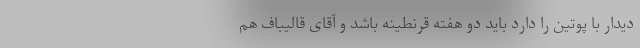
دیدار با پوتین را دارد باید دو هفته قرنطینه باشد و آقای قالیباف هم